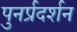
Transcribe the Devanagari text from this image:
पुनर्प्रदर्शन